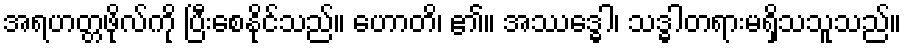
အရဟတ္တဖိုလ်ကို ပြီးစေနိုင်သည်။ ဟောတိ၊ ၏။ အဿဒ္ဓေါ၊ သဒ္ဓါတရားမရှိသသူသည်။